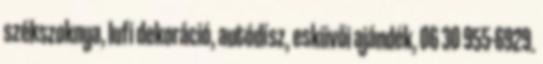
székszoknya, lufi dekoráció, autódísz, esküvői ajándék, 06 30 955-6929.